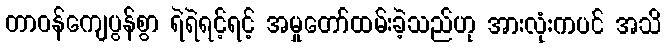
တာဝန်ကျေပွန်စွာ ရဲရဲရင့်ရင့် အမှုတော်ထမ်းခဲ့သည်ဟု အားလုံးကပင် အသိ